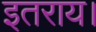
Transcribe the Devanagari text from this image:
इतराय।